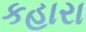
કહારા